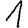
Digit: 1